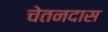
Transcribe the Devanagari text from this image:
चेतनदास